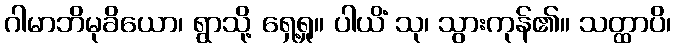
ဂါမာဘိမုခိယော၊ ရွာသို့ ရှေ့ရှု။ ပါယိံ သု၊ သွားကုန်၏။ သတ္ထာပိ၊